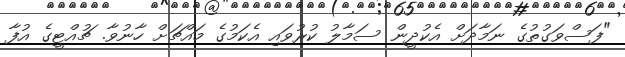
"ފަސްވަގުތުގެ ނަމާދަށް އެކުދީން ސަމާލު ކުރުވައި އެކަމުގެ މައްޗަށް ހާނުވާ. ޗުއްޓީގެ އުފާ